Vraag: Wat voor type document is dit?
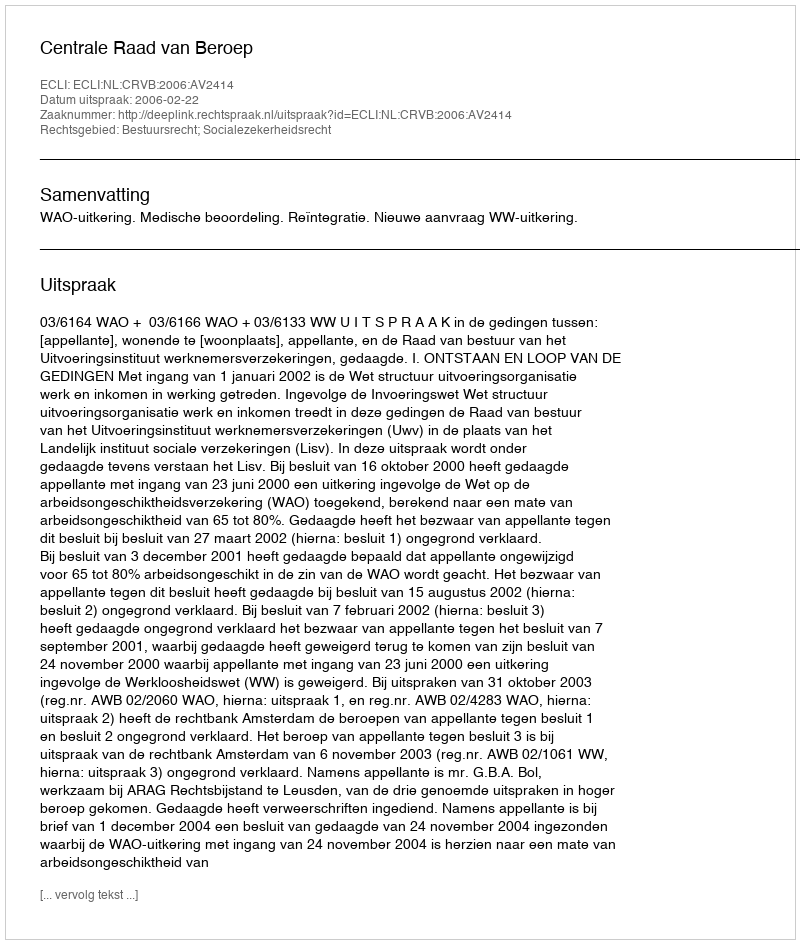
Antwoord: Uitspraak